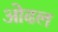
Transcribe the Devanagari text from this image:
ओढल